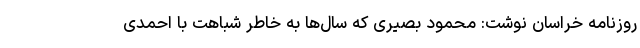
روزنامه خراسان نوشت: محمود بصیری که سال‌ها به خاطر شباهت با احمدی